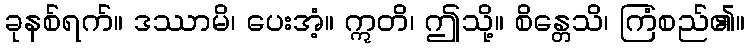
ခုနစ်ရက်။ ဒဿာမိ၊ ပေးအံ့။ ဣတိ၊ ဤသို့။ စိန္တေသိ၊ ကြံစည်၏။